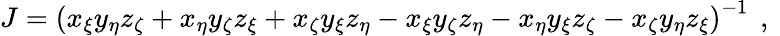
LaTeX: J=\left(x_{\xi}y_{\eta}z_{\zeta}+x_{\eta}y_{\zeta}z_{\xi}+x_{\zeta}y_{\xi}z_{\eta}-x_{\xi}y_{\zeta}z_{\eta}-x_{\eta}y_{\xi}z_{\zeta}-x_{\zeta}y_{\eta}z_{\xi}\right)^{-1}\, \mathrm{~,~}